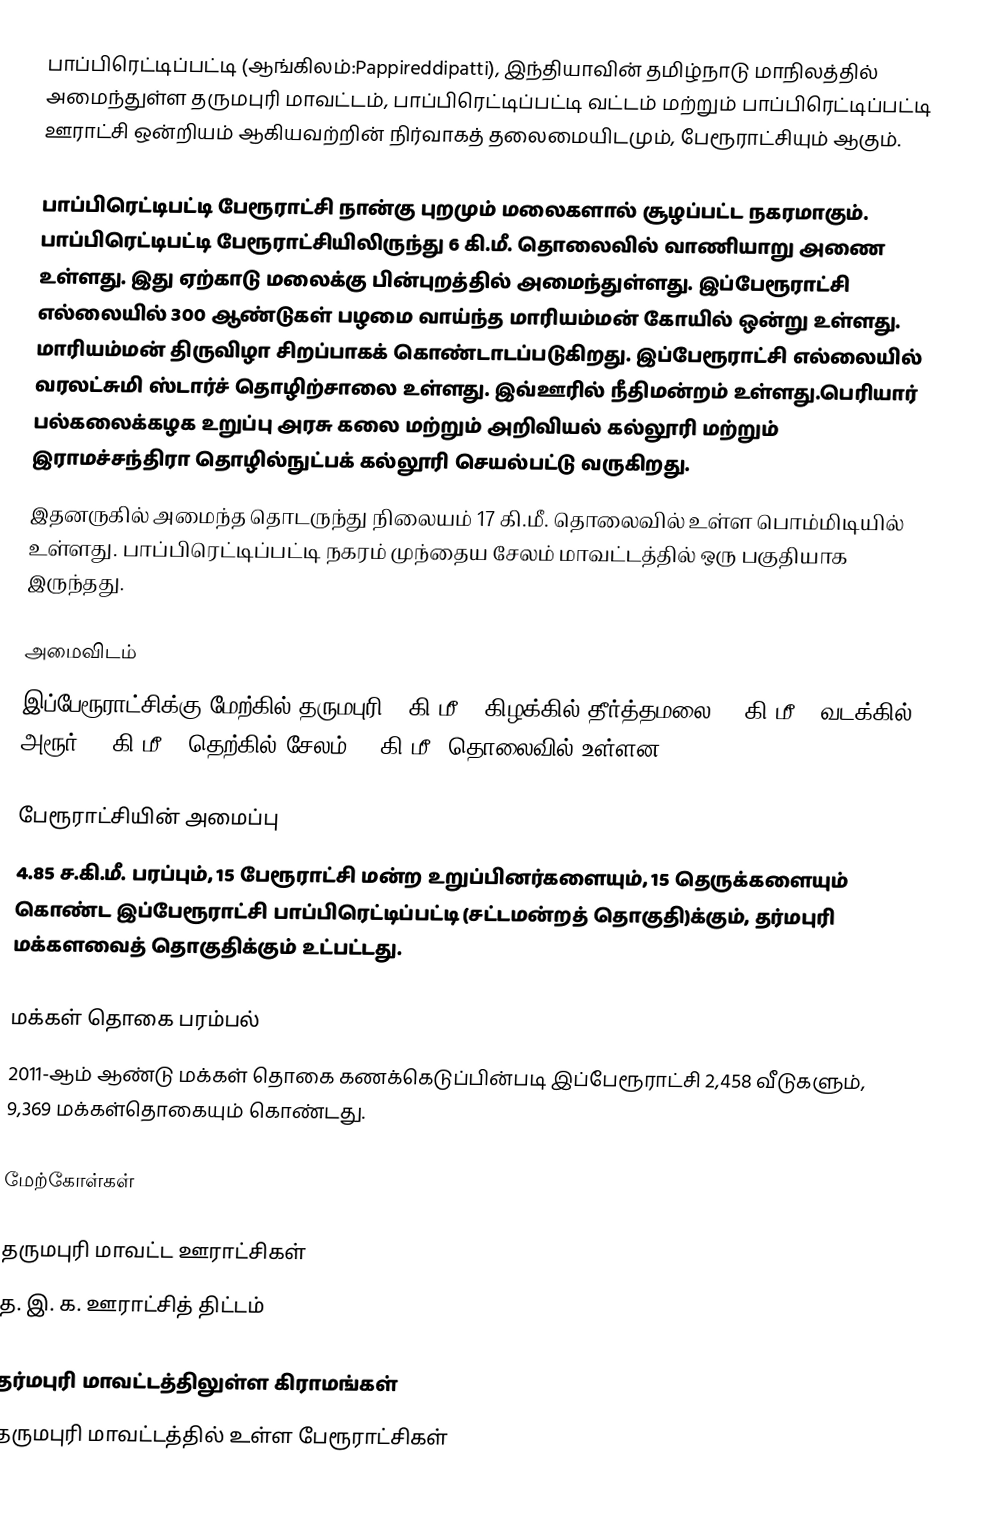
பாப்பிரெட்டிப்பட்டி (ஆங்கிலம்:Pappireddipatti), இந்தியாவின் தமிழ்நாடு மாநிலத்தில் அமைந்துள்ள தருமபுரி மாவட்டம், பாப்பிரெட்டிப்பட்டி வட்டம் மற்றும் பாப்பிரெட்டிப்பட்டி ஊராட்சி ஒன்றியம் ஆகியவற்றின் நிர்வாகத் தலைமையிடமும், பேரூராட்சியும் ஆகும்.

பாப்பிரெட்டிபட்டி பேரூராட்சி நான்கு புறமும் மலைகளால் சூழப்பட்ட நகரமாகும். பாப்பிரெட்டிபட்டி பேரூராட்சியிலிருந்து 6 கி.மீ. தொலைவில் வாணியாறு அணை  உள்ளது. இது ஏற்காடு மலைக்கு பின்புறத்தில் அமைந்துள்ளது. இப்பேரூராட்சி எல்லையில் 300 ஆண்டுகள் பழமை வாய்ந்த மாரியம்மன் கோயில் ஒன்று உள்ளது. மாரியம்மன் திருவிழா சிறப்பாகக் கொண்டாடப்படுகிறது. இப்பேரூராட்சி எல்லையில் வரலட்சுமி ஸ்டார்ச் தொழிற்சாலை உள்ளது. இவ்ஊரில்  நீதிமன்றம்  உள்ளது.பெரியார் பல்கலைக்கழக உறுப்பு அரசு கலை மற்றும் அறிவியல் கல்லூரி மற்றும் இராமச்சந்திரா தொழில்நுட்பக் கல்லூரி செயல்பட்டு வருகிறது.
இதனருகில் அமைந்த தொடருந்து நிலையம் 17 கி.மீ. தொலைவில் உள்ள பொம்மிடியில் உள்ளது. பாப்பிரெட்டிப்பட்டி நகரம் முந்தைய சேலம் மாவட்டத்தில் ஒரு பகுதியாக இருந்தது.

அமைவிடம்
இப்பேரூராட்சிக்கு மேற்கில்   தருமபுரி 51கி.மீ.; கிழக்கில் தீர்த்தமலை 36 கி.மீ.; வடக்கில் அரூர் 21 கி.மீ.; தெற்கில் சேலம் 44 கி.மீ.  தொலைவில் உள்ளன.

பேரூராட்சியின் அமைப்பு
4.85 ச.கி.மீ. பரப்பும், 15  பேரூராட்சி மன்ற  உறுப்பினர்களையும், 15 தெருக்களையும் கொண்ட இப்பேரூராட்சி  பாப்பிரெட்டிப்பட்டி (சட்டமன்றத் தொகுதி)க்கும், தர்மபுரி மக்களவைத் தொகுதிக்கும் உட்பட்டது.

மக்கள் தொகை பரம்பல்
2011-ஆம் ஆண்டு மக்கள் தொகை கணக்கெடுப்பின்படி  இப்பேரூராட்சி  2,458  வீடுகளும், 9,369 மக்கள்தொகையும் கொண்டது.

மேற்கோள்கள்

தருமபுரி மாவட்ட ஊராட்சிகள்
த. இ. க. ஊராட்சித் திட்டம்

தர்மபுரி மாவட்டத்திலுள்ள கிராமங்கள்
தருமபுரி மாவட்டத்தில் உள்ள பேரூராட்சிகள்